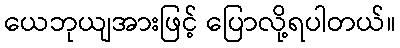
ယေဘုယျအားဖြင့် ပြောလို့ရပါတယ်။